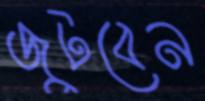
জুটবেন